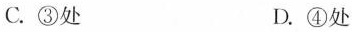
C.③处 D.④